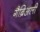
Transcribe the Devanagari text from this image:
गैब्रिअली